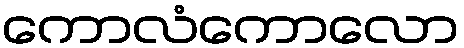
ကောလံကောလော